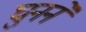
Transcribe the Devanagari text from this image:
घुनने